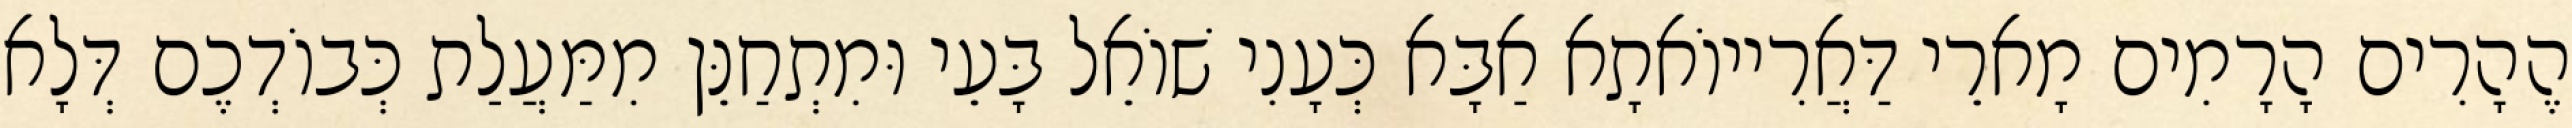
הֶהָרִים הָרָמִים מָארֵי דַּאֲרִייוֹאתָא אַבָּא כְּעָנִי שׁוֹאֵל בָּעֵי וּמִתְחַנֵּן מִמַּעֲלַת כְּבוֹדְכֶם דְּלָא